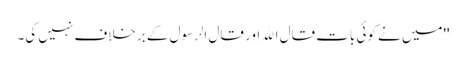
''میں نے کوئی بات قال اﷲ اور قال الرسول کے برخلاف نہیں کی۔